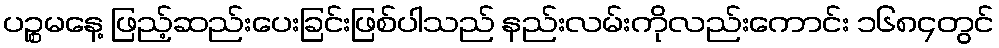
ပဉ္စမနေ့ ဖြည့်ဆည်းပေးခြင်းဖြစ်ပါသည် နည်းလမ်းကိုလည်းကောင်း ၁၆၈၄တွင်